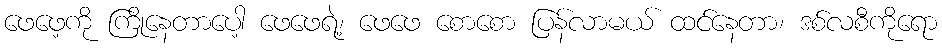
ဖေဖေ့ကို ကြိုနေတာပေါ့ ဖေဖေရဲ့၊ ဖေဖေ စောစော ပြန်လာမယ် ထင်နေတာ၊ ဒစ်လစီကိုရော